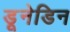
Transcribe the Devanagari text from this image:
डूनेडिन